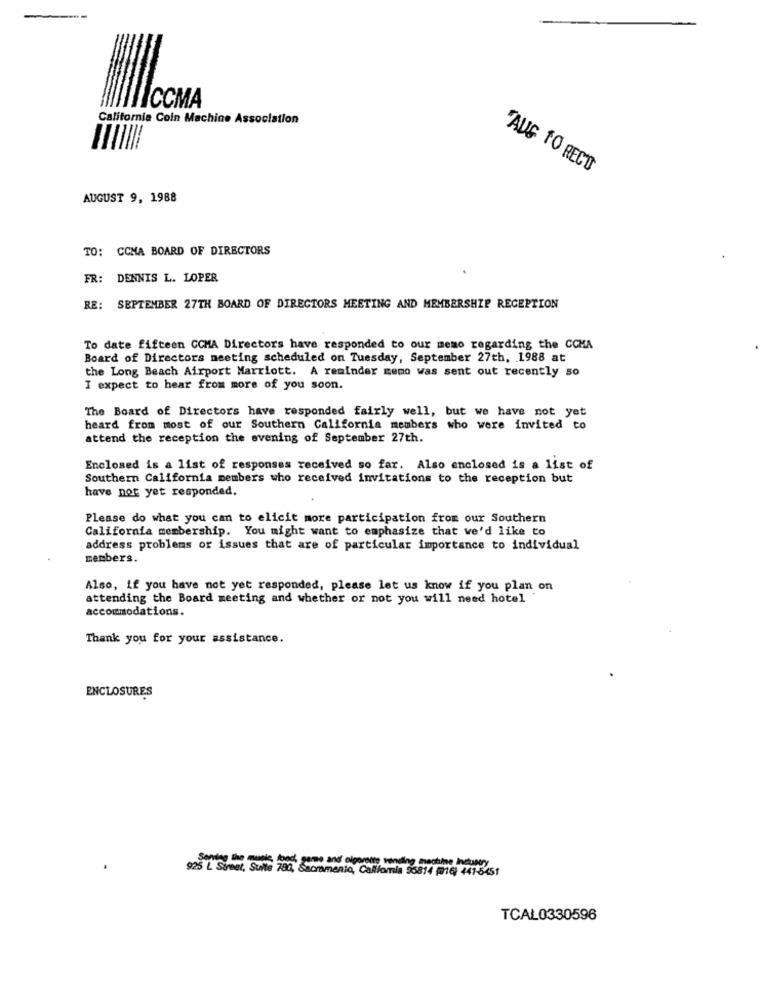
ICCMA
California Coin Machine Association
"AUG TO RECT
AUGUST 9, 1988
TO: CCMA BOARD OF DIRECTORS
FR: DENNIS L. LOPER
RE: SEPTEMBER 27TH BOARD OF DIRECTORS MEETING AND MEMBERSHIP RECEPTION
To date fifteen CCMA Directors have responded to our memo regarding the CCMA
Board of Directors meeting scheduled on Tuesday, September 27th, 1988 at
the Long Beach Airport Marriott. A reminder memo was sent out recently so
I expect to hear from more of you soon.
The Board of Directors have responded fairly well, but we have not yet
heard from most of our Southern California members who were invited to
attend the reception the evening of September 27th.
Enclosed is a list of responses received so far. Also enclosed is a list of
Southern California members who received invitations to the reception but
have not yet responded.
Please do what you can to elicit more participation from our Southern
California membership. You might want to emphasize that we'd like to
address problems or issues that are of particular importance to individual
members.
Also, if you have not yet responded, please let us know if you plan on
attending the Board meeting and whether or not you will need hotel
accommodations.
Thank you for your assistance.
ENCLOSURES
925 ℃ Sireel, Suite 780, Sacramento, Califomia 56814 (16) 447-6451
TCAL0330596